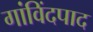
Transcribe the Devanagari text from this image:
गांविंदपाद